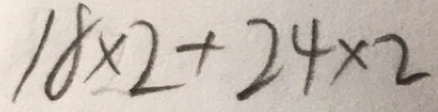
1 8 \times 2 + 2 4 \times 2